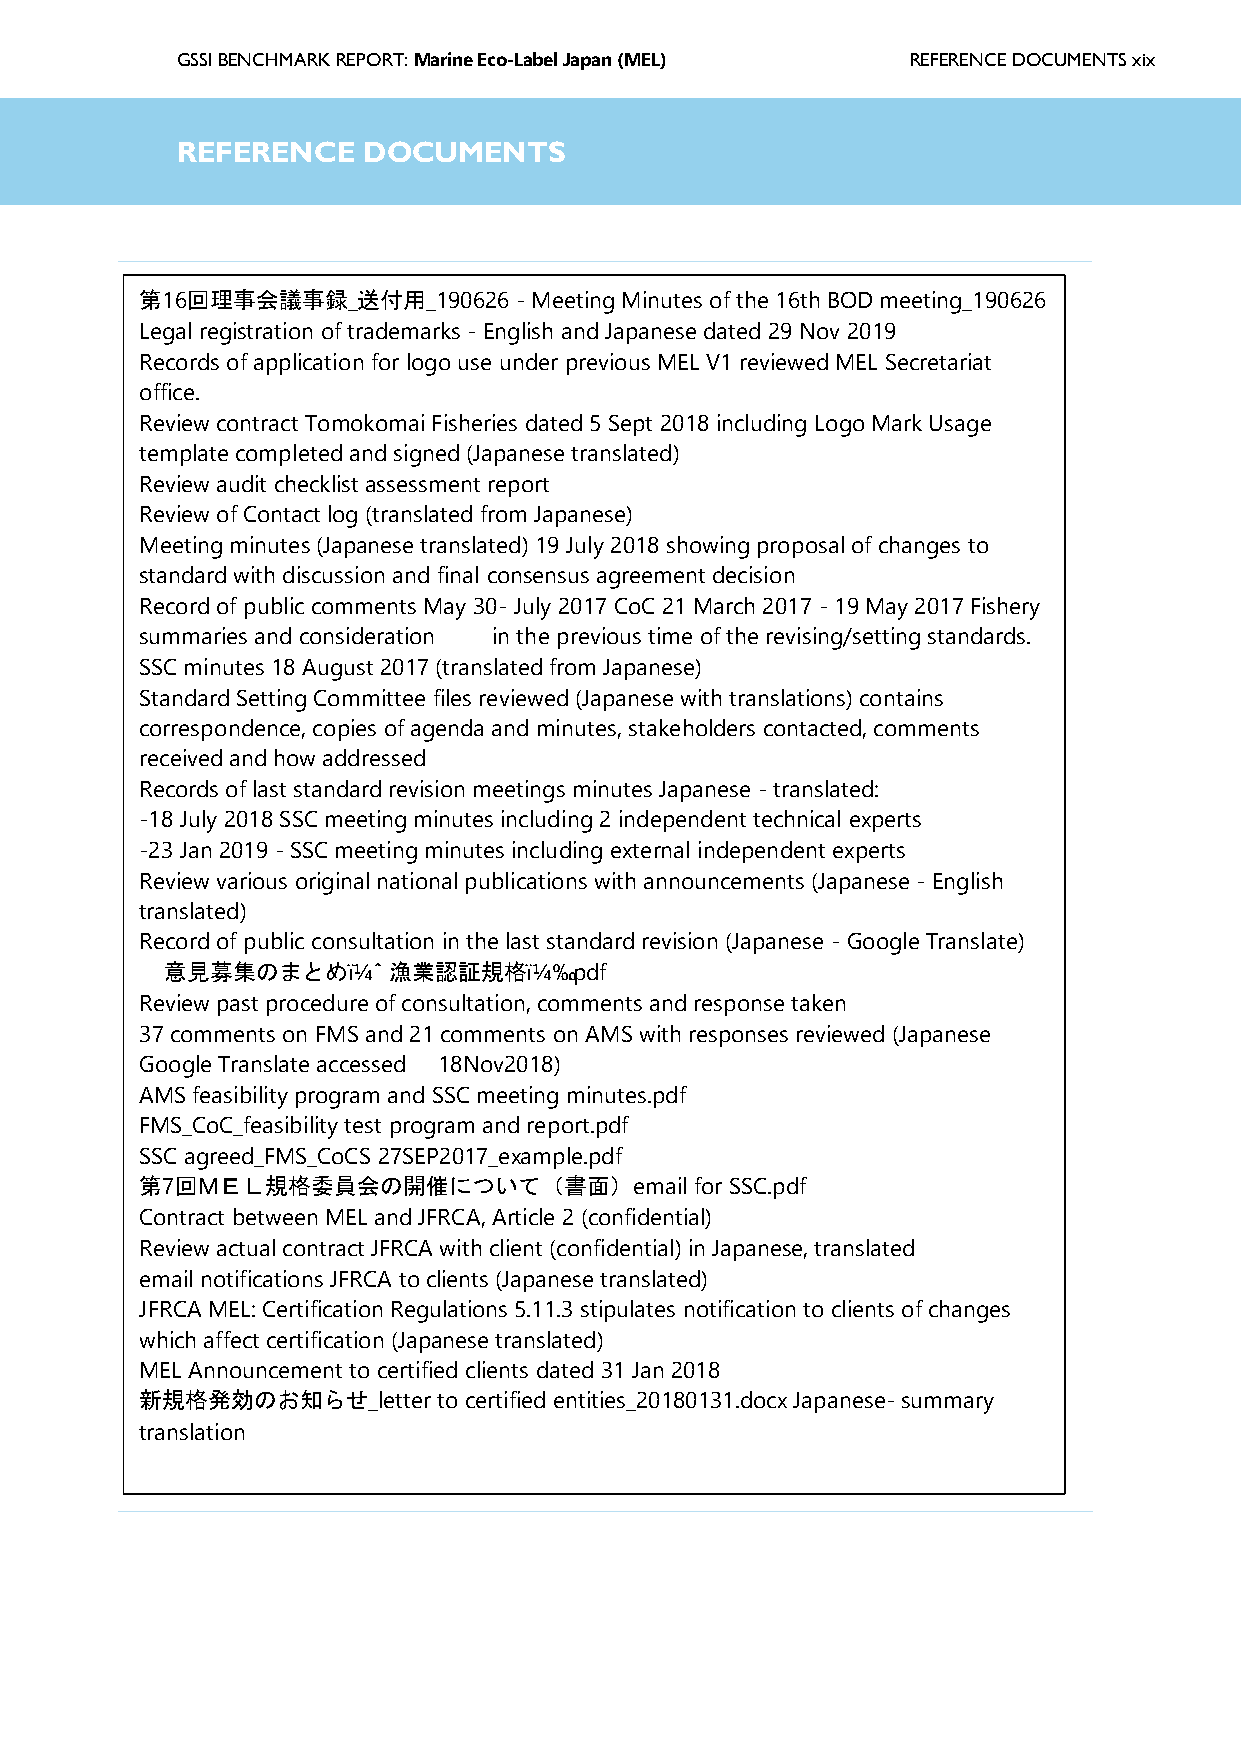
GSSI BENCHMARK REPORT: Marine Eco-Label Japan (MEL) REFERENCE DOCUMENTS xix
 GSSIR  EGFlEoRsEsNaCrEy DOCUMENTS
 第16回理事会議事録_送付用_190626    - Meeting Minutes of the 16th BOD meeting_190626
 Legal registration of trademarks - English and Japanese dated 29 Nov 2019
 Records of application for logo use under previous MEL V1 reviewed MEL Secretariat
 office.
 Review contract Tomokomai Fisheries dated 5 Sept 2018 including Logo Mark Usage
 template completed and signed (Japanese translated)
 Review audit checklist assessment report
 Review of Contact log (translated from Japanese)
 Meeting minutes (Japanese translated) 19 July 2018 showing proposal of changes to
 standard with discussion and final consensus agreement decision
 Record of public comments May 30- July 2017 CoC 21 March 2017 - 19 May 2017 Fishery
 summaries and consideration in the previous time of the revising/setting standards.
 SSC minutes 18 August 2017 (translated from Japanese)
 Standard Setting Committee files reviewed (Japanese with translations) contains
 correspondence, copies of agenda and minutes, stakeholders contacted, comments
 received and how addressed
 Records of last standard revision meetings minutes Japanese - translated:
 -18 July 2018 SSC meeting minutes including 2 independent technical experts
 -23 Jan 2019 - SSC meeting minutes including external independent experts
 Review various original national publications with announcements (Japanese - English
 translated)
 Record of public consultation in the last standard revision (Japanese - Google Translate)
 意見募集のまとめï¼ˆ    漁業認証規格ï¼‰.pdf
 Review past procedure of consultation, comments and response taken
 37 comments on FMS and 21 comments on AMS with responses reviewed (Japanese
 Google Translate accessed 18Nov2018)
 AMS feasibility program and SSC meeting minutes.pdf
 FMS_CoC_feasibility test program and report.pdf
 SSC agreed_FMS_CoCS 27SEP2017_example.pdf
 第7回ＭＥＬ規格委員会の開催について（書面）email          for SSC.pdf
 Contract between MEL and JFRCA, Article 2 (confidential)
 Review actual contract JFRCA with client (confidential) in Japanese, translated
 email notifications JFRCA to clients (Japanese translated)
 JFRCA MEL: Certification Regulations 5.11.3 stipulates notification to clients of changes
 which affect certification (Japanese translated)
 MEL Announcement to certified clients dated 31 Jan 2018
 新規格発効のお知らせ_letter   to certified entities_20180131.docx Japanese- summary
 translation